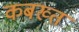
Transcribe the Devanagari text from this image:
कबख्त